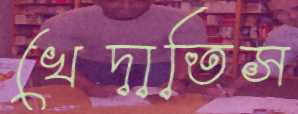
খেদাতিস